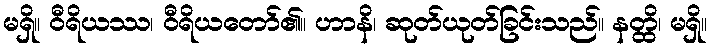
မရှိ။ ဝီရိယဿ၊ ဝီရိယတော်၏။ ဟာနိ၊ ဆုတ်ယုတ်ခြင်းသည်။ နတ္ထိ၊ မရှိ။